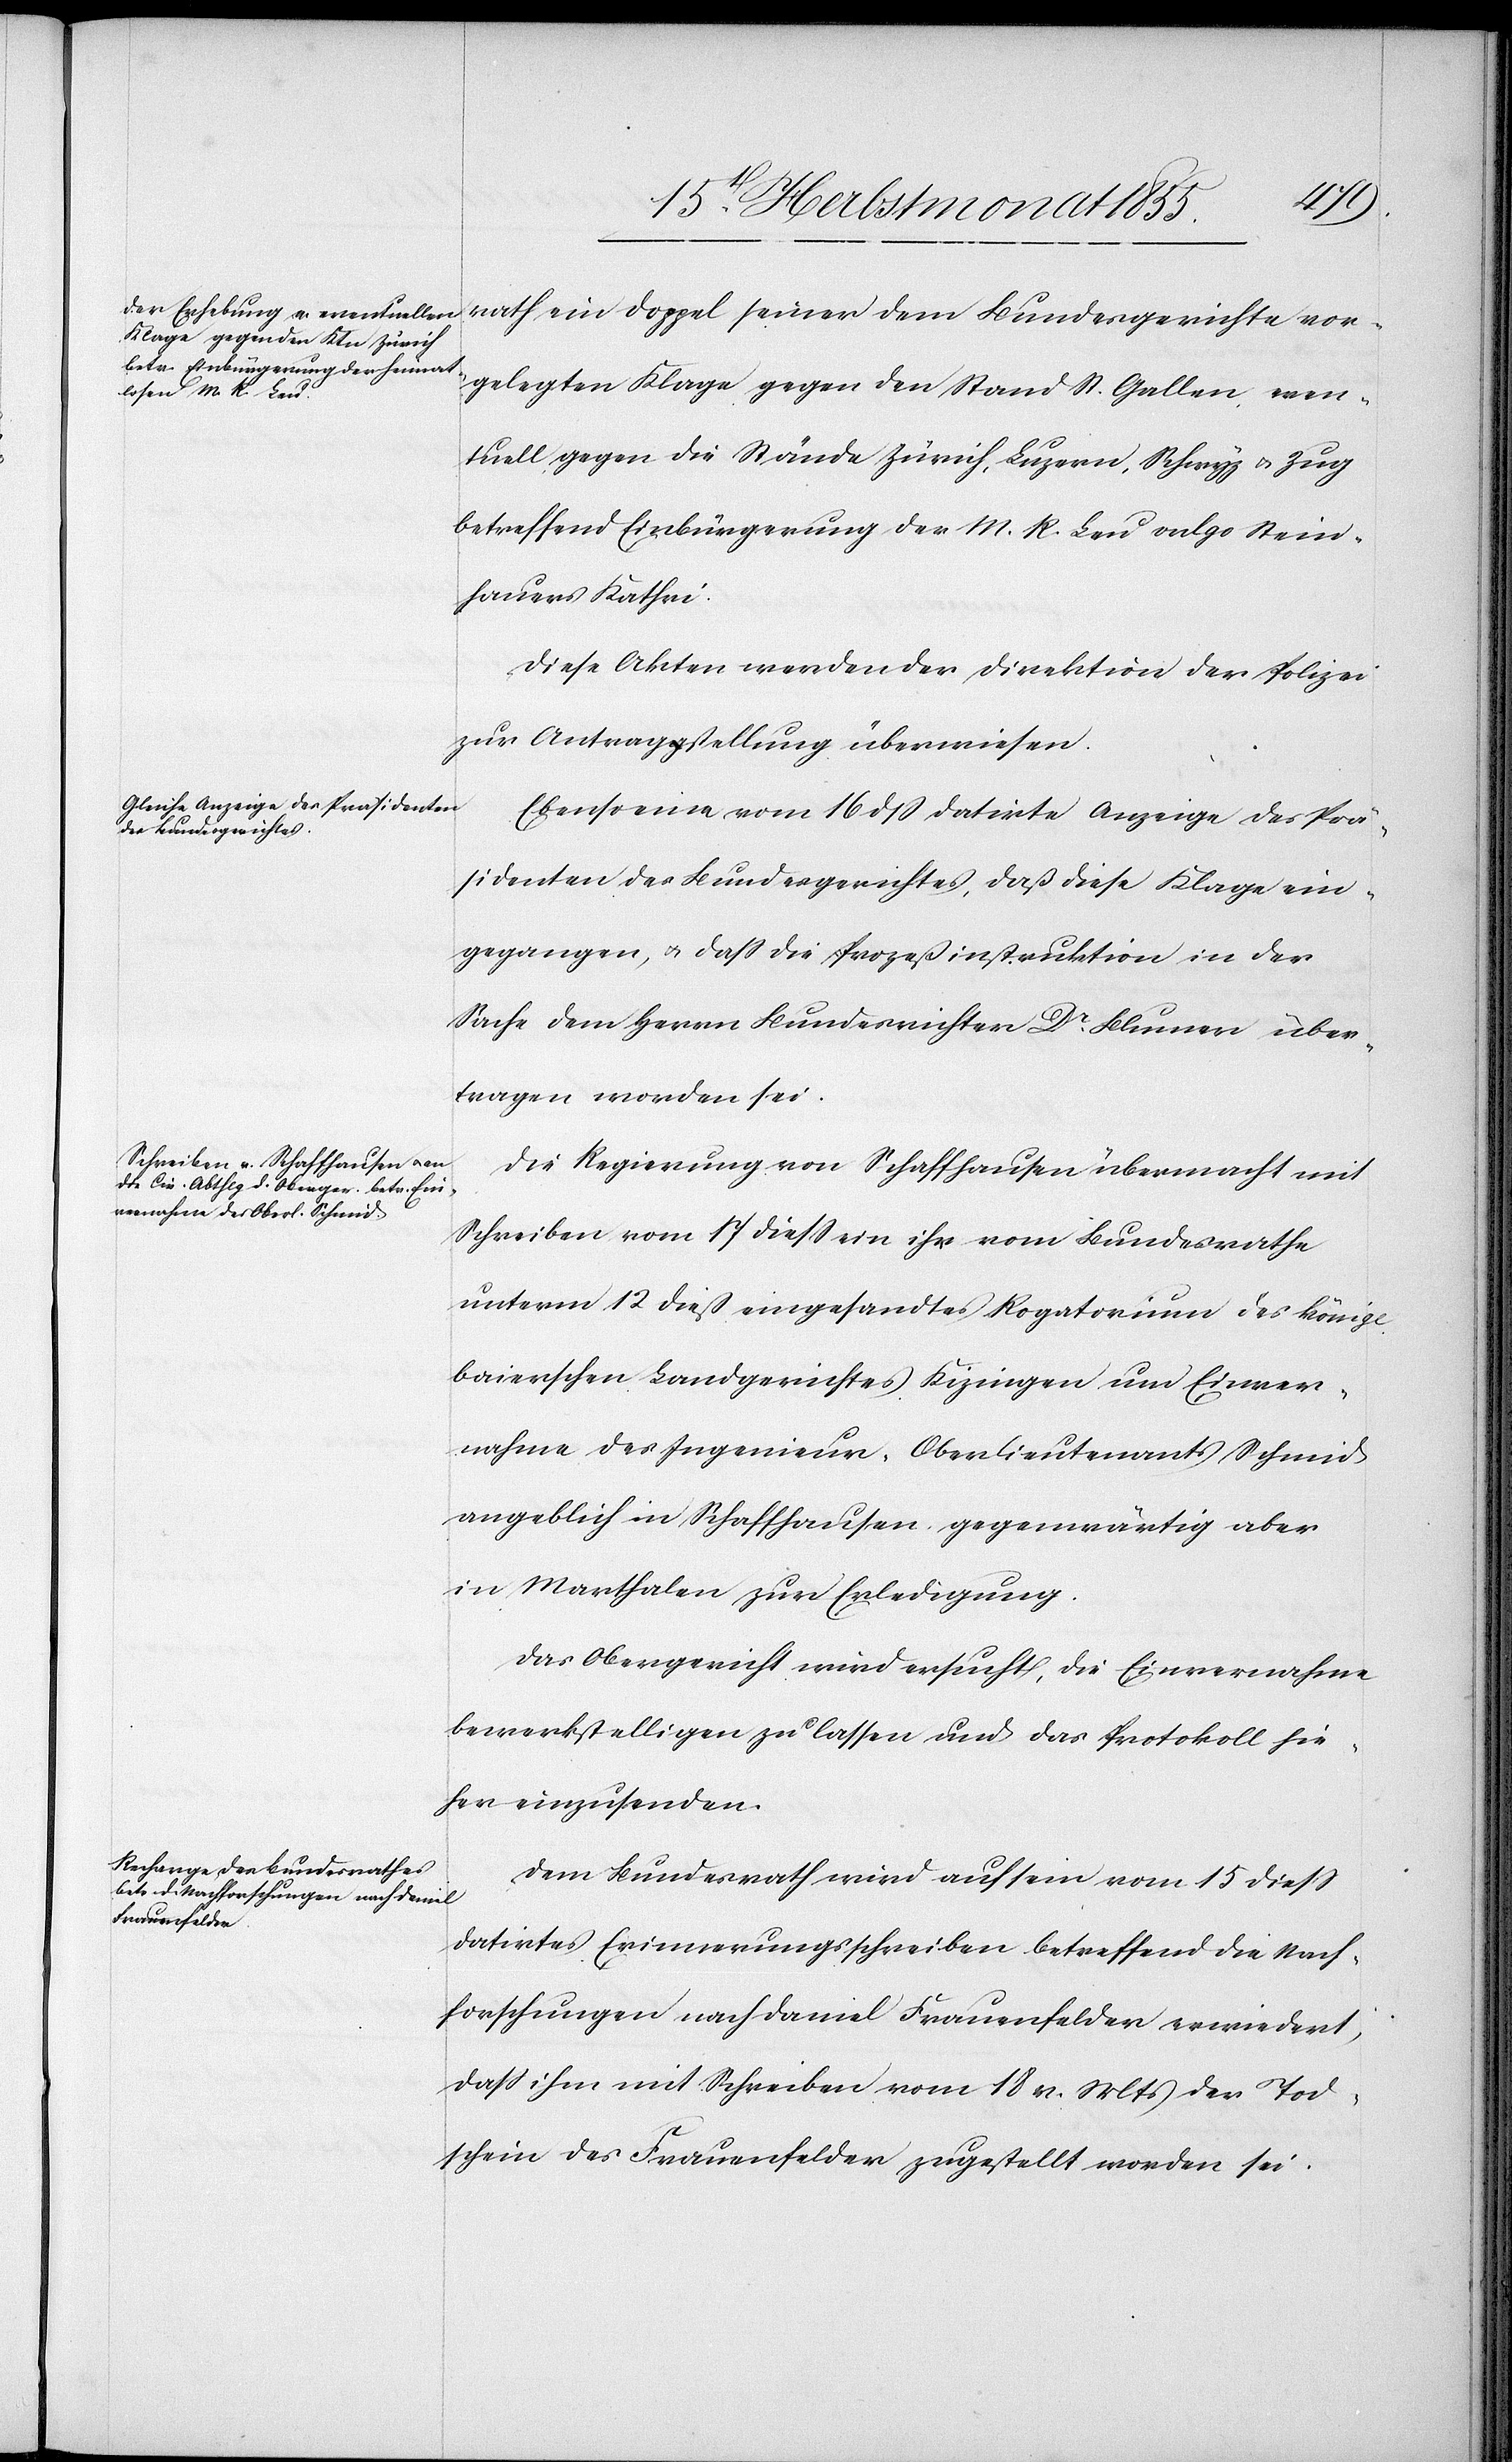
18t. Herbstmonat 1855.]
rath ein Doppel seiner dem Bundesgerichte vor¬
gelegten Klage gegen den Stand St. Gallen, even¬
tuell gegen die Stände Zürich, Luzern, Schwyz & Zug
betreffend Einbürgerung der M. R. Leu vulgo Stein¬
hauers Kathri.
Diese Akten werden der Direktion der Polizei
zur Antragstellung überwiesen.
Ebenso eine vom 16 dß datirte Anzeige des Prä¬
sidenten des Bundesgerichtes, daß diese Klage ein¬
gegangen, & dass die Prozeßinstruktion in der
Sache dem Herrn Bundesrichter Dr. Blumer über¬
tragen worden sei.
Die Regierung von Schaffhausen übermacht mit
Schreiben vom 17 diess ein ihr vom Bundesrathe
unterm 12 dieß eingesandtes Rogatorium des königl.
baierschen Landgerichtes Kizingen um Einver¬
nahme des Ingenieur-Oberlieutenants Schmid
angeblich in Schaffhausen, gegenwärtig aber
in Marthalen zur Erledigung.
Das Obergericht wird ersucht, die Einvernahme
bewerkstelligen zu lassen und das Protokoll hie¬
her einzusenden.
Dem Bundesrath wird auf sein vom 15 diess
datirtes Erinnerungsschreiben betreffend die Nach¬
forschungen nach Daniel Frauenfelder erwiedert,
dass ihm mit Schreiben vom 18 v. Mts der Tod¬
schein des Frauenfelder zugestellt worden sei.